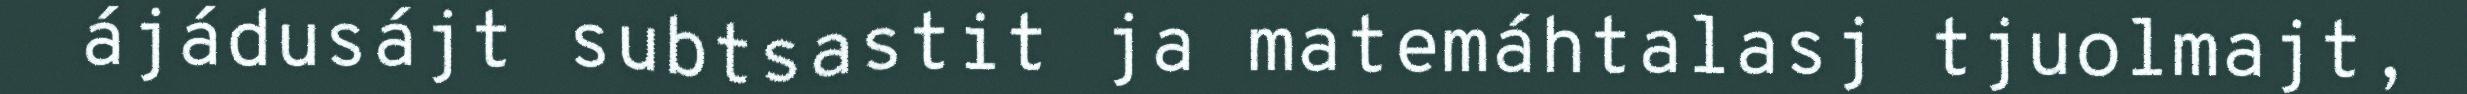
ájádusájt subtsastit ja matemáhtalasj tjuolmajt,